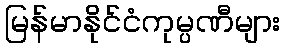
မြန်မာနိုင်ငံကုမ္ပဏီများ